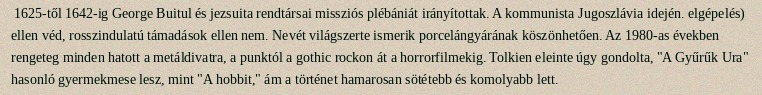
1625-től 1642-ig George Buitul és jezsuita rendtársai missziós plébániát irányítottak. A kommunista Jugoszlávia idején. elgépelés) ellen véd, rosszindulatú támadások ellen nem. Nevét világszerte ismerik porcelángyárának köszönhetően. Az 1980-as években rengeteg minden hatott a metáldivatra, a punktól a gothic rockon át a horrorfilmekig. Tolkien eleinte úgy gondolta, "A Gyűrűk Ura" hasonló gyermekmese lesz, mint "A hobbit," ám a történet hamarosan sötétebb és komolyabb lett.